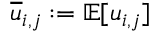
\overline { { u } } _ { i , j } : = \mathbb { E } [ u _ { i , j } ]